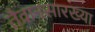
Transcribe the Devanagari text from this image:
तैवानसारख्या